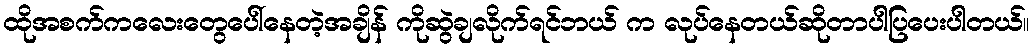
ထိုအစက်ကလေးတွေပေါ်နေတဲ့အချိန် ကိုဆွဲချလိုက်ရင်ဘယ် က လုပ်နေတယ်ဆိုတာပါပြပေးပါတယ်။